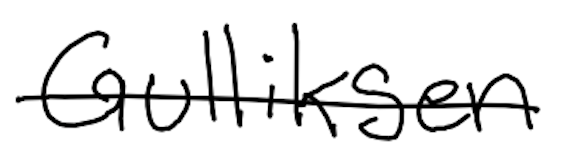
Text: Gulliksen
Cross-out: single-line
Writing tool: digital_black